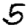
Digit: 5